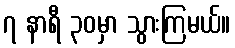
၇ နာရီ ၃၀မှာ သွားကြမယ်။